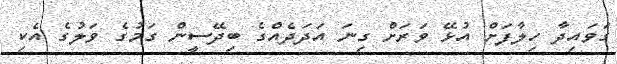
ގަވައިދާ ހިލާފަށް އުޅޭ ވަރަށް ގިނަ އަދަދެއްގެ ބިދޭސީން ގަމުގެ ވަލުގެ އެކި